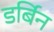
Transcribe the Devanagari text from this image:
डर्बिन